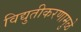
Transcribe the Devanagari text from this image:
विद्युतीकरणामुळे